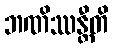
ဘဏိဿန္တီတိ